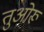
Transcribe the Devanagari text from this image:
तुओरू